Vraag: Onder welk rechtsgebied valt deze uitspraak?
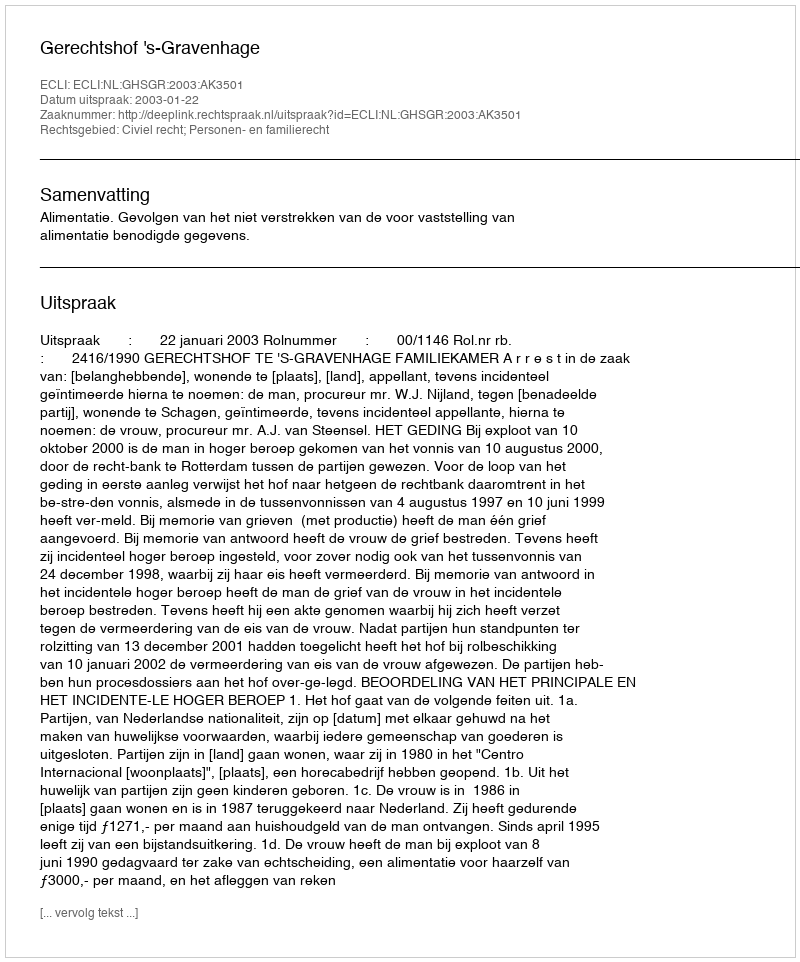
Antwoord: Civiel recht; Personen- en familierecht